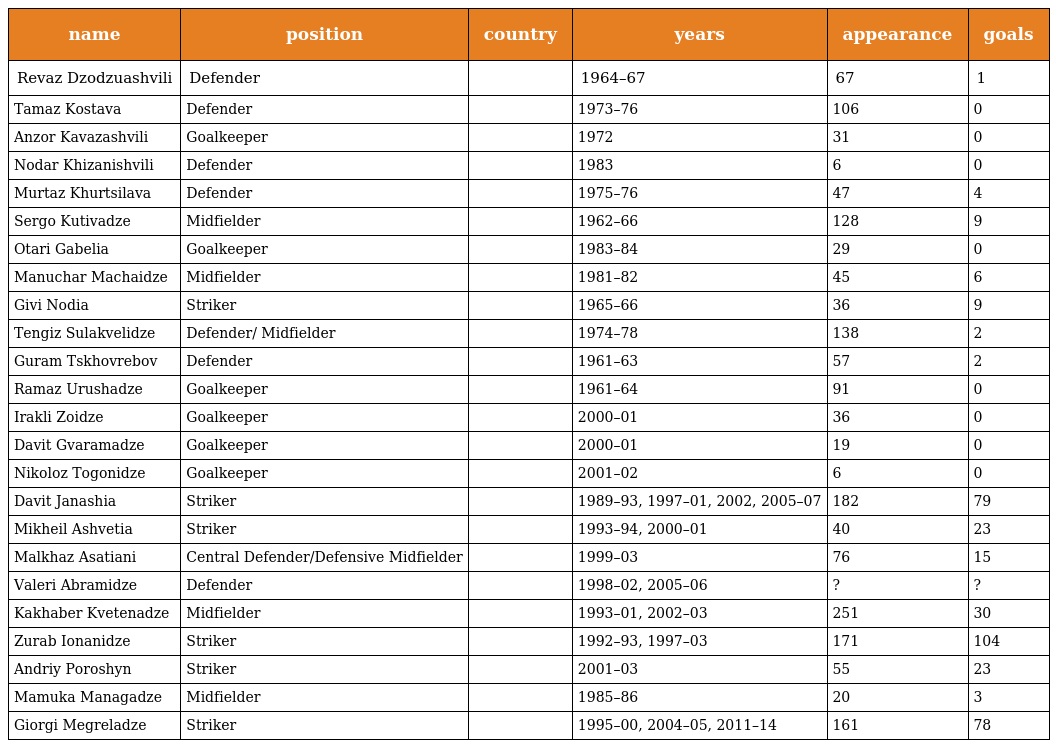
| name | position | country | years | appearance | goals |
 | --- | --- | --- | --- | --- | --- |
 | Revaz Dzodzuashvili | Defender |  | 1964–67 | 67 | 1 |
 | Tamaz Kostava | Defender |  | 1973–76 | 106 | 0 |
 | Anzor Kavazashvili | Goalkeeper |  | 1972 | 31 | 0 |
 | Nodar Khizanishvili | Defender |  | 1983 | 6 | 0 |
 | Murtaz Khurtsilava | Defender |  | 1975–76 | 47 | 4 |
 | Sergo Kutivadze | Midfielder |  | 1962–66 | 128 | 9 |
 | Otari Gabelia | Goalkeeper |  | 1983–84 | 29 | 0 |
 | Manuchar Machaidze | Midfielder |  | 1981–82 | 45 | 6 |
 | Givi Nodia | Striker |  | 1965–66 | 36 | 9 |
 | Tengiz Sulakvelidze | Defender/ Midfielder |  | 1974–78 | 138 | 2 |
 | Guram Tskhovrebov | Defender |  | 1961–63 | 57 | 2 |
 | Ramaz Urushadze | Goalkeeper |  | 1961–64 | 91 | 0 |
 | Irakli Zoidze | Goalkeeper |  | 2000–01 | 36 | 0 |
 | Davit Gvaramadze | Goalkeeper |  | 2000–01 | 19 | 0 |
 | Nikoloz Togonidze | Goalkeeper |  | 2001–02 | 6 | 0 |
 | Davit Janashia | Striker |  | 1989–93, 1997–01, 2002, 2005–07 | 182 | 79 |
 | Mikheil Ashvetia | Striker |  | 1993–94, 2000–01 | 40 | 23 |
 | Malkhaz Asatiani | Central Defender/Defensive Midfielder |  | 1999–03 | 76 | 15 |
 | Valeri Abramidze | Defender |  | 1998–02, 2005–06 | ? | ? |
 | Kakhaber Kvetenadze | Midfielder |  | 1993–01, 2002–03 | 251 | 30 |
 | Zurab Ionanidze | Striker |  | 1992–93, 1997–03 | 171 | 104 |
 | Andriy Poroshyn | Striker |  | 2001–03 | 55 | 23 |
 | Mamuka Managadze | Midfielder |  | 1985–86 | 20 | 3 |
 | Giorgi Megreladze | Striker |  | 1995–00, 2004–05, 2011–14 | 161 | 78 |